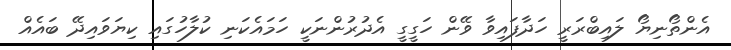
އެންތޯނިޔޯ ލައިބްރަރީ ހަދާފައިވާ ވޭން ހަގީގީ އެދުރުންނަކީ ހަމައެކަނި ކުލާހުގައި ކިޔަވައިދޭ ބައެއް